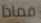
فماذا